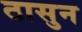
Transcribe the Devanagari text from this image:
ठासुन